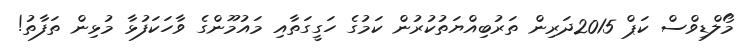
މޯލްޑިވްސް ކަޕް 2015ދަރިން ތަރުބިއްޔަތުކުރުން ކަމުގެ ހަގީގަތާއި މައުމޫންގެ ވާހަކަފުޅާ މުޅިން ތަފާތު!